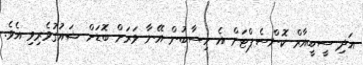
އަދި ސީބީއާރް ކޮންސެޕްޓަށް އެ ހިސާބުން އޭނާ ވަރަށް ބޮޑަށް ޝައުގުވެރިވި އެވެ.